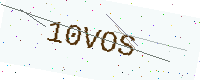
Text: 10VOS